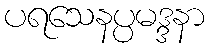
ပရသေနပ္ပမဒ္ဒနာ